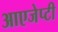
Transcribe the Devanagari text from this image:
आएजेप्टी